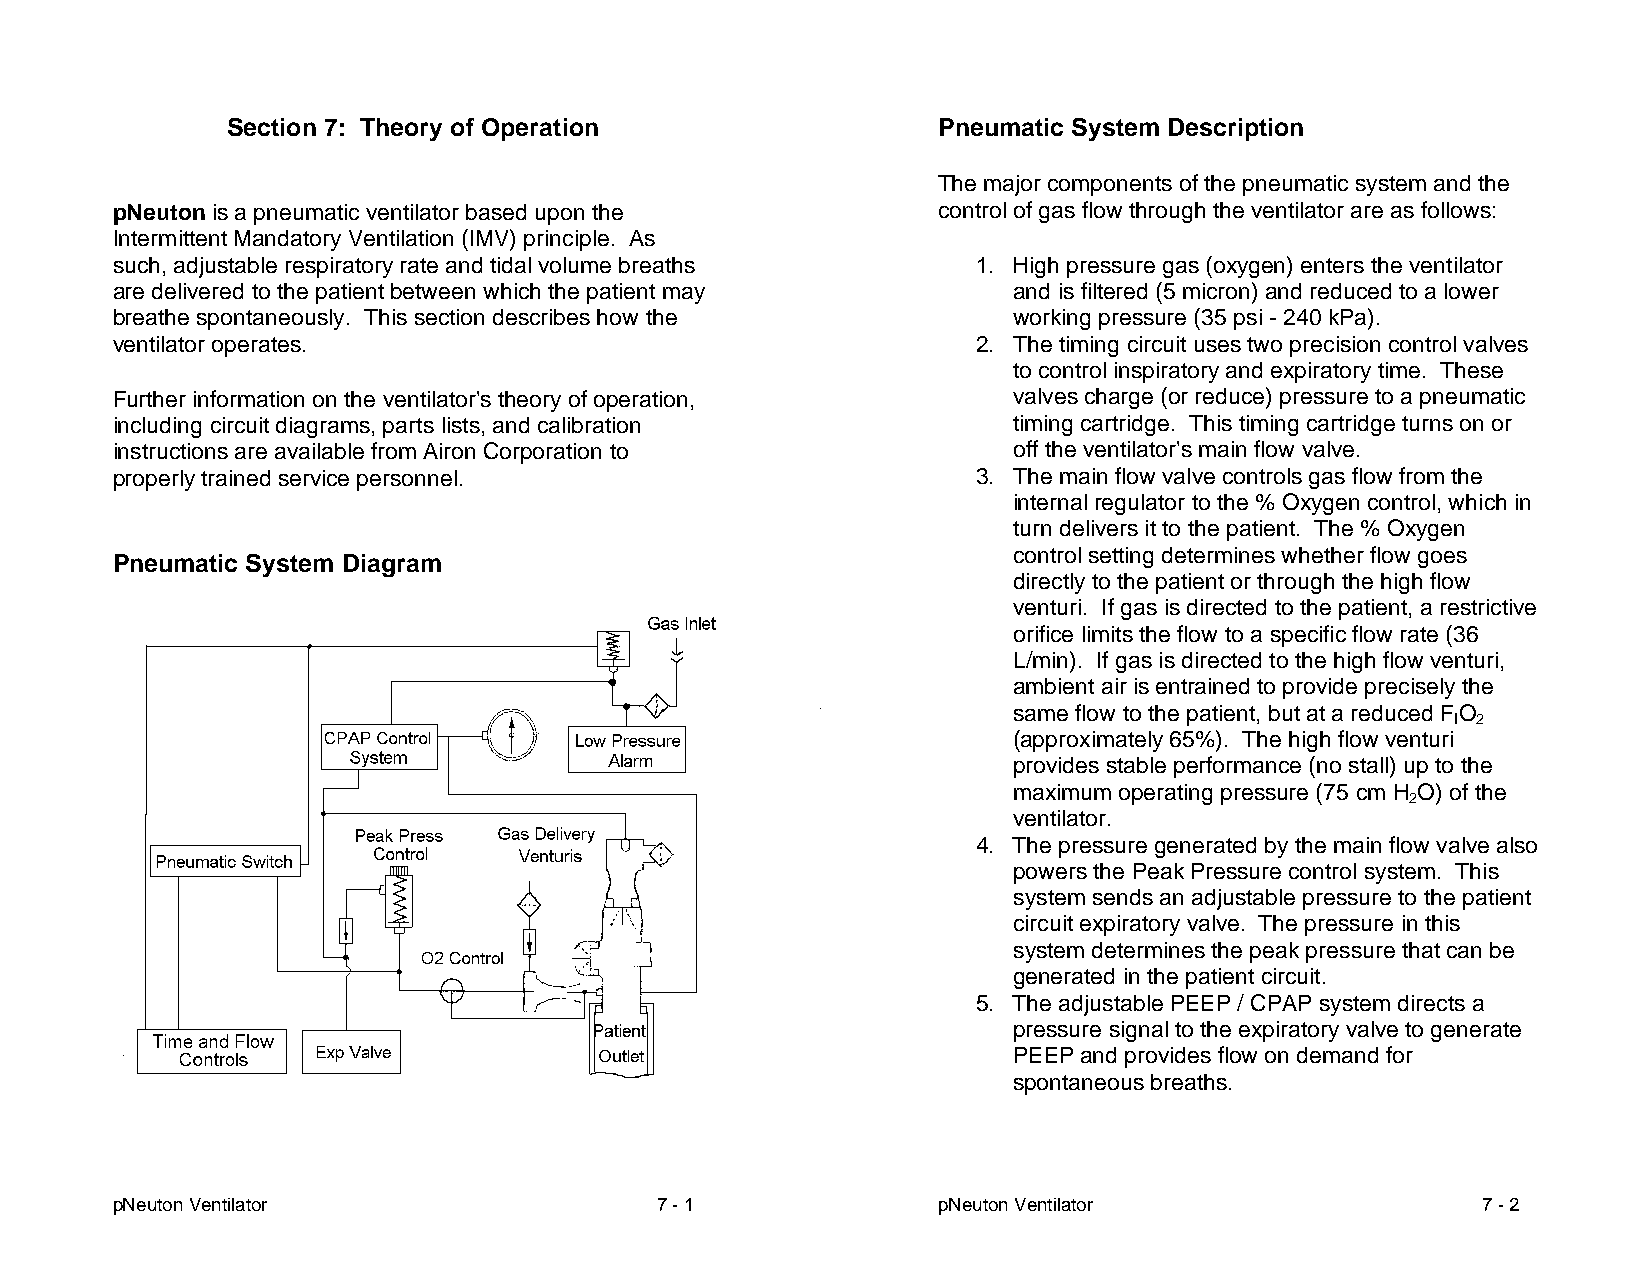
Section 7: Theory of Operation                 Pneumatic System Description
 The major components of the pneumatic system and the
 pNeuton is a pneumatic ventilator based upon the       control of gas flow through the ventilator are as follows:
 Intermittent Mandatory Ventilation (IMV) principle. As
 such, adjustable respiratory rate and tidal volume breaths 1. High pressure gas (oxygen) enters the ventilator
 are delivered to the patient between which the patient may  and is filtered (5 micron) and reduced to a lower
 breathe spontaneously. This section describes how the       working pressure (35 psi - 240 kPa).
 ventilator operates.                                      2. The timing circuit uses two precision control valves
 to control inspiratory and expiratory time. These
 Further information on the ventilator's theory of operation, valves charge (or reduce) pressure to a pneumatic
 including circuit diagrams, parts lists, and calibration    timing cartridge. This timing cartridge turns on or
 instructions are available from Airon Corporation to        off the ventilator's main flow valve.
 properly trained service personnel.                       3. The main flow valve controls gas flow from the
 internal regulator to the % Oxygen control, which in
 turn delivers it to the patient. The % Oxygen
 control setting determines whether flow goes
 Pneumatic System Diagram
 directly to the patient or through the high flow
 venturi. If gas is directed to the patient, a restrictive
 orifice limits the flow to a specific flow rate (36
 L/min). If gas is directed to the high flow venturi,
 ambient air is entrained to provide precisely the
 same flow to the patient, but at a reduced FO
 I 2
 (approximately 65%). The high flow venturi
 provides stable performance (no stall) up to the
 maximum operating pressure (75 cm H O) of the
 2
 ventilator.
 4. The pressure generated by the main flow valve also
 powers the Peak Pressure control system. This
 system sends an adjustable pressure to the patient
 circuit expiratory valve. The pressure in this
 system determines the peak pressure that can be
 generated in the patient circuit.
 5. The adjustable PEEP / CPAP system directs a
 pressure signal to the expiratory valve to generate
 PEEP and provides flow on demand for
 spontaneous breaths.
 pNeuton Ventilator                  7 - 1              pNeuton Ventilator                  7 - 2